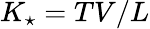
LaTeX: K_{\star}=TV/L